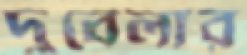
দুবেলার